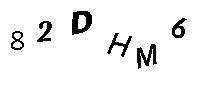
82DHM6